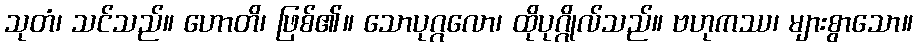
သုတံ၊ သင်သည်။ ဟောတိ၊ ဖြစ်၏။ သောပုဂ္ဂလော၊ ထိုပုဂ္ဂိုလ်သည်။ ဗဟုကဿ၊ များစွာသော။